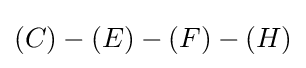
(C)-(E)-(F)-(H)